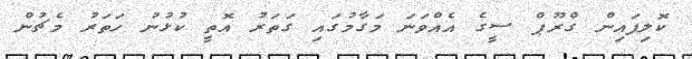
ކޮލިފައިން ގްރޫޕް ސީގެ އެއްވަނަ މަގާމުގައި ގަތަރު އޮތީ ކުޅުނު ހަތަރު މެޗުން